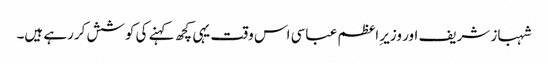
شہباز شریف اور وزیر ِاعظم عباسی اس وقت یہی کچھ کہنے کی کوشش کررہے ہیں۔